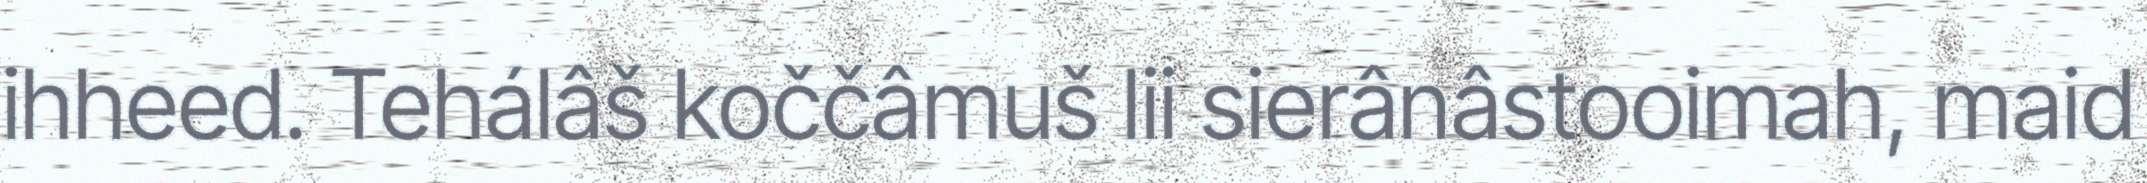
ihheed. Tehálâš koččâmuš lii sierânâstooimah, maid